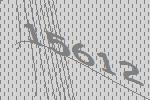
15612